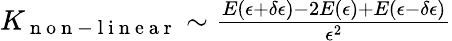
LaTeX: \begin{array}{r}{K_{\mathrm{~n~o~n~-~l~i~n~e~a~r~}}\sim\frac{E(\epsilon+\delta\epsilon)-2E(\epsilon)+E(\epsilon-\delta\epsilon)}{\epsilon^{2}}}\end{array}